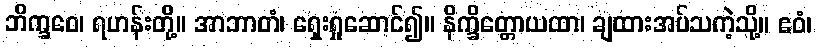
ဘိက္ခဝေ၊ ရဟန်းတို့။ အာဘာတံ၊ ရှေးရှုဆောင်၍။ နိက္ခိတ္တောယထာ၊ ချထားအပ်သကဲ့သို့။ ဧဝံ၊